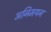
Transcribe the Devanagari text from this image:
अनिमयन